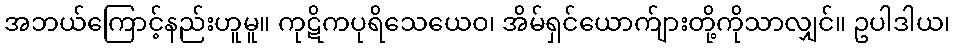
အဘယ်ကြောင့်နည်းဟူမူ။ ကုဋိကပုရိသေယေဝ၊ အိမ်ရှင်ယောက်ျားတို့ကိုသာလျှင်။ ဥပါဒါယ၊